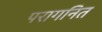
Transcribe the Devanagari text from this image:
परागनित